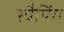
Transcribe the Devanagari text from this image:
स्वैपिंग